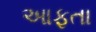
આફતા